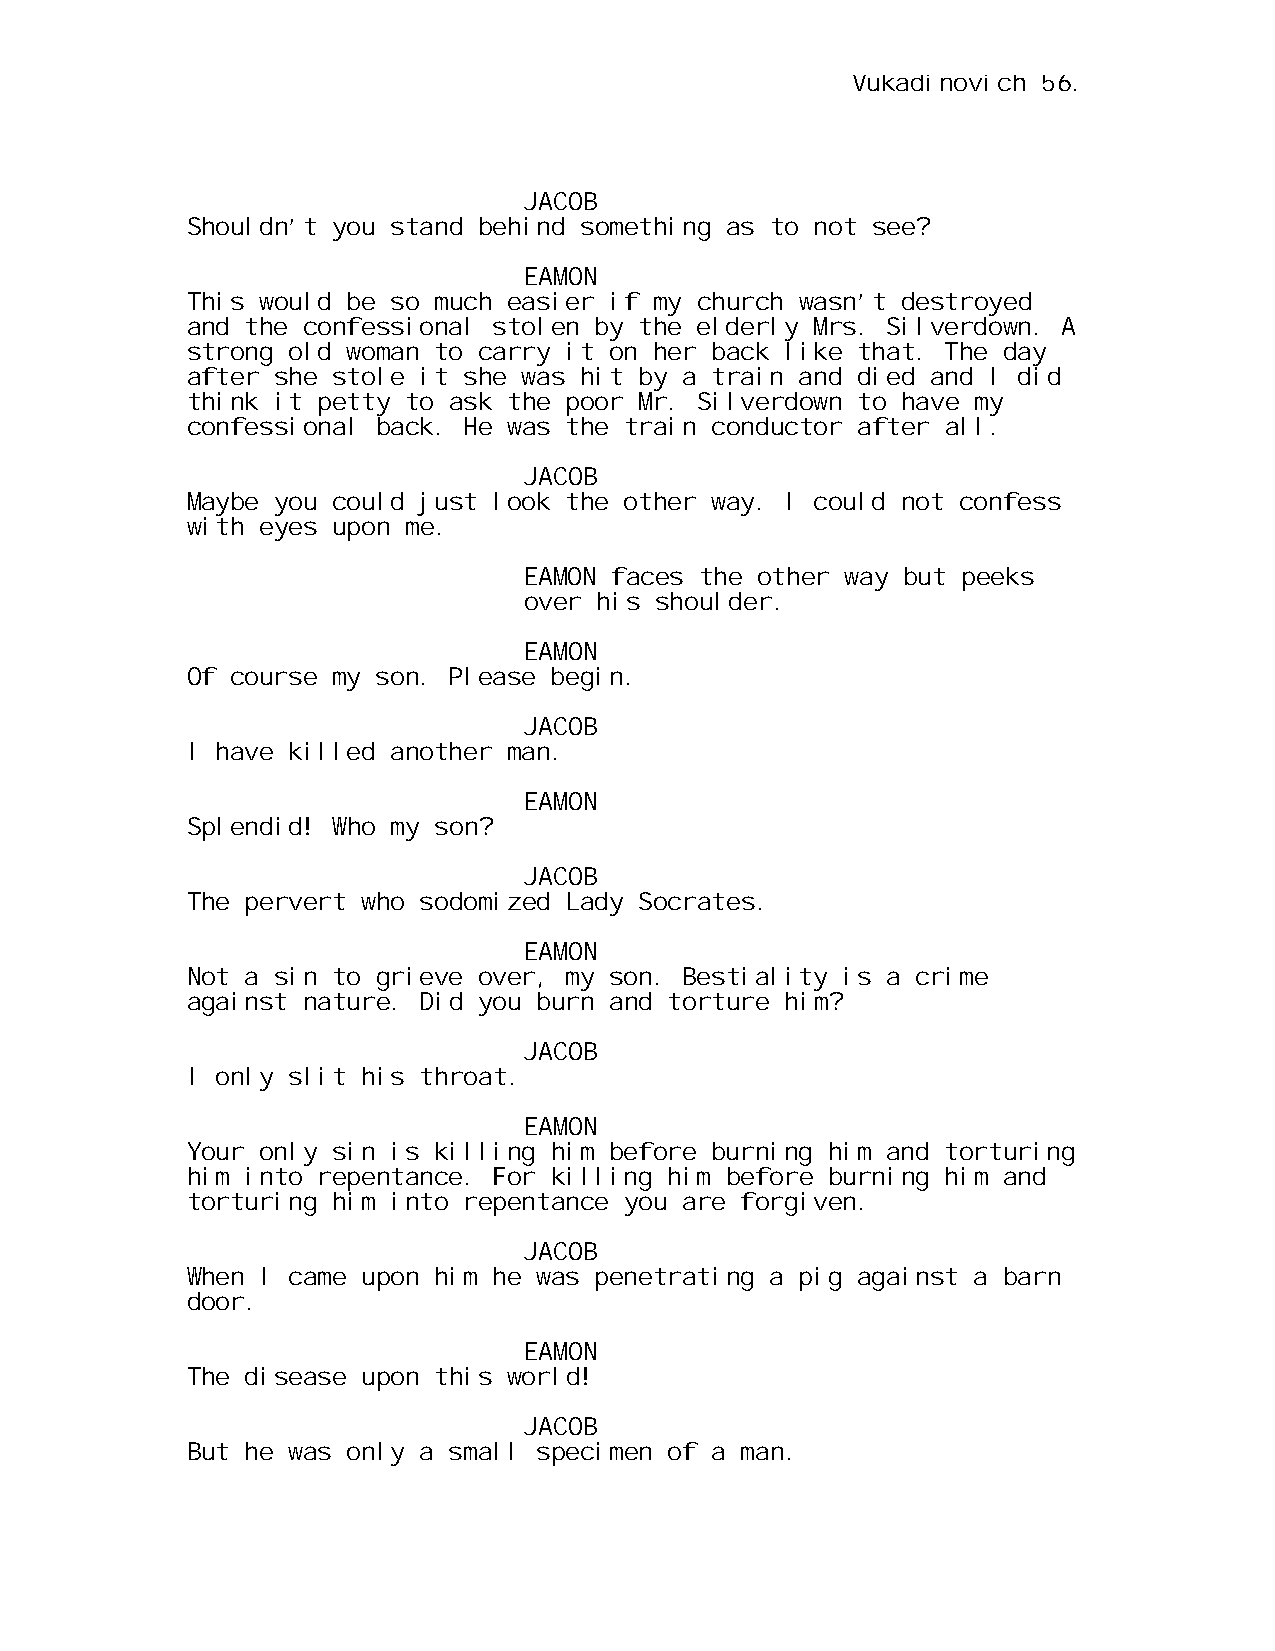
Vukadinovich 56.
 JACOB
 Shouldn’t you stand behind something as to not see?
 EAMON
 This would be so much easier if my church wasn’t destroyed
 and the confessional stolen by the elderly Mrs. Silverdown. A
 strong old woman to carry it on her back like that. The day
 after she stole it she was hit by a train and died and I did
 think it petty to ask the poor Mr. Silverdown to have my
 confessional back. He was the train conductor after all.
 JACOB
 Maybe you could just look the other way. I could not confess
 with eyes upon me.
 EAMON faces the other way but peeks
 over his shoulder.
 EAMON
 Of course my son. Please begin.
 JACOB
 I have killed another man.
 EAMON
 Splendid! Who my son?
 JACOB
 The pervert who sodomized Lady Socrates.
 EAMON
 Not a sin to grieve over, my son. Bestiality is a crime
 against nature. Did you burn and torture him?
 JACOB
 I only slit his throat.
 EAMON
 Your only sin is killing him before burning him and torturing
 him into repentance. For killing him before burning him and
 torturing him into repentance you are forgiven.
 JACOB
 When I came upon him he was penetrating a pig against a barn
 door.
 EAMON
 The disease upon this world!
 JACOB
 But he was only a small specimen of a man.